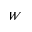
W